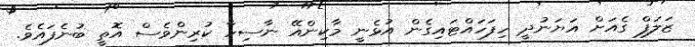
ޒަލަފް ގެއަށް އަޔަނުދީ ހިފަހައްޓައިގެން އުޅެނީ މާކިންއޭ ނާސިހާ ކުރިންވެސް އޮތީ ބުނެފައެވެ.